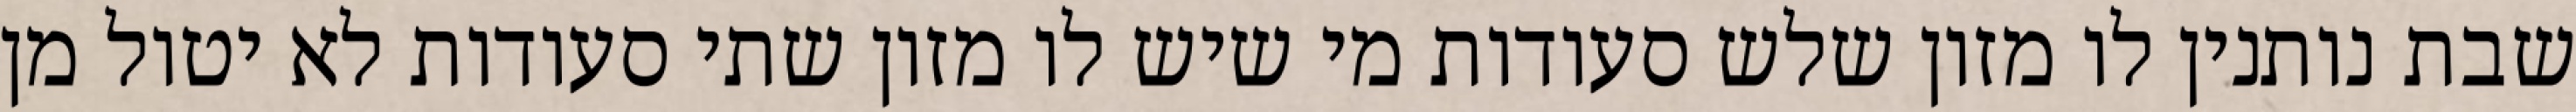
שבת נותנין לו מזון שלש סעודות מי שיש לו מזון שתי סעודות לא יטול מן